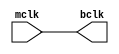
module clkbuf(mclk,bclk);
input mclk ;
output bclk;
buf(bclk,mclk);
endmodule